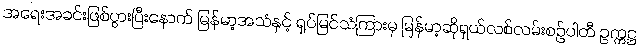
အရေးအခင်းဖြစ်ပွားပြီးနောက် မြန်မာ့အသံနှင့် ရုပ်မြင်သံကြားမှ မြန်မာ့ဆိုရှယ်လစ်လမ်းစဉ်ပါတီ ဥက္ကဋ္ဌ